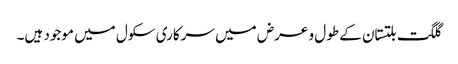
گلگت بلتستان کے طول و عرض میں سرکاری سکول میں موجود ہیں۔